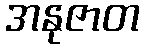
အနုဇာတ